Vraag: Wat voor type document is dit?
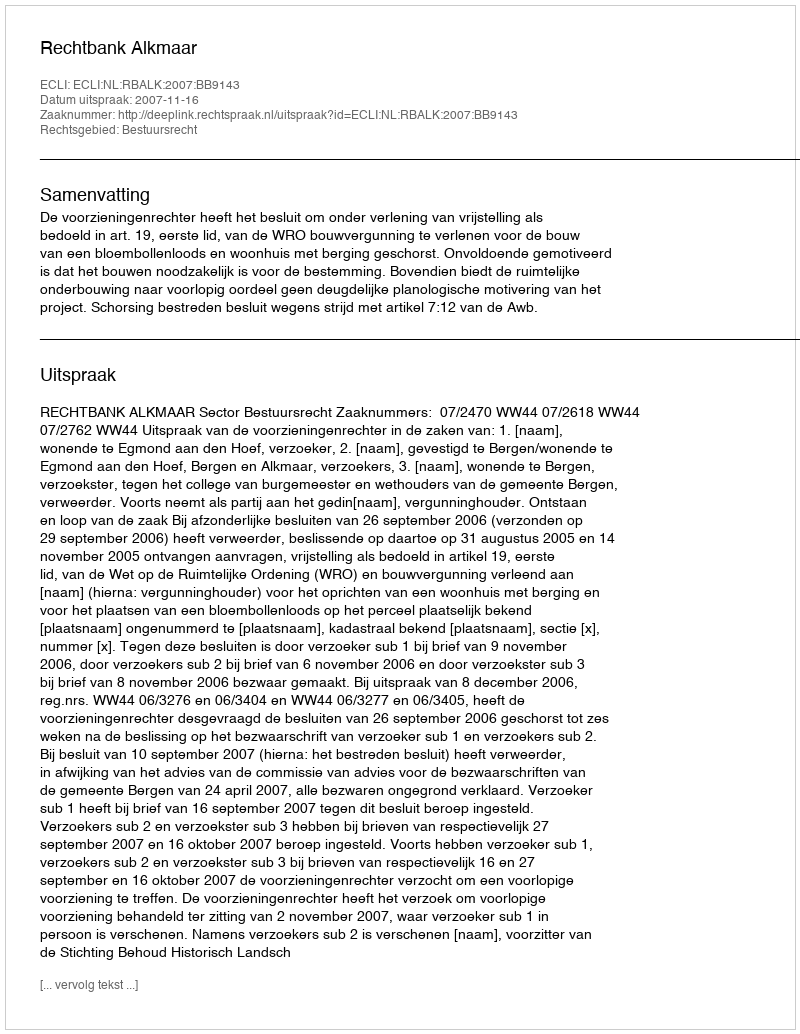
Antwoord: Uitspraak